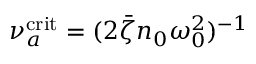
\nu _ { a } ^ { \mathrm { c r i t } } = ( 2 \bar { \zeta } n _ { 0 } \omega _ { 0 } ^ { 2 } ) ^ { - 1 }